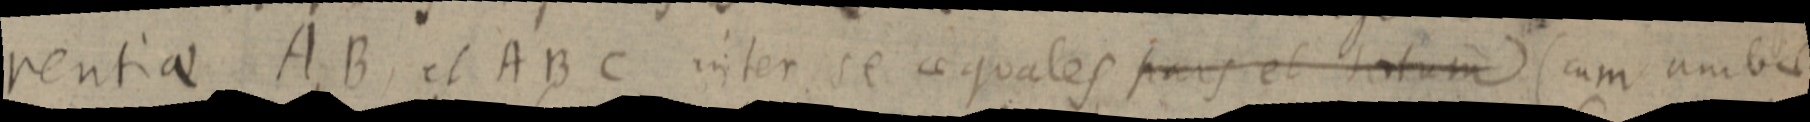
rentiae AB, et ABC inter se aequales pars et totum (cum unibet